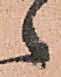
之